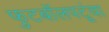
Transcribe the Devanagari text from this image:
फुटबॉलपटूंचा